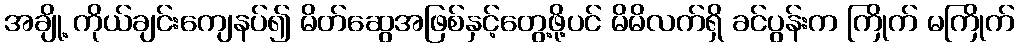
အချို့ ကိုယ်ချင်းကျေနပ်၍ မိတ်ဆွေအဖြစ်နှင့်တွေ့ဖို့ပင် မိမိလက်ရှိ ခင်ပွန်းက ကြိုက် မကြိုက်